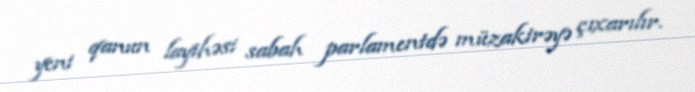
yeni qanun layihəsi sabah parlamentdə müzakirəyə çıxarılır.